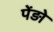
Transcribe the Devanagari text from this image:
पेंड़ो